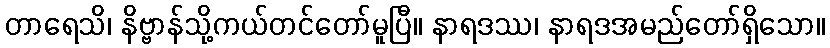
တာရေသိ၊ နိဗ္ဗာန်သို့ကယ်တင်တော်မူပြီ။ နာရဒဿ၊ နာရဒအမည်တော်ရှိသော။